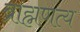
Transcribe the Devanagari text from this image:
ब्राह्मणत्य